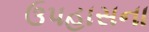
ઉપહાસના